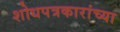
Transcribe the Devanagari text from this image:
शोधपत्रकारांच्या